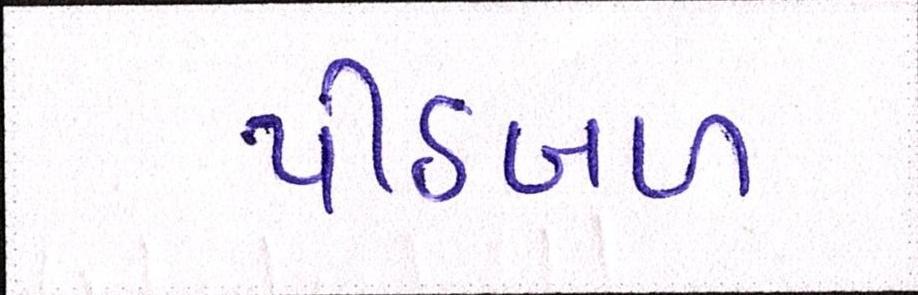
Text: પીઠબળ